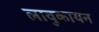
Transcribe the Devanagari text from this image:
लावुकायन